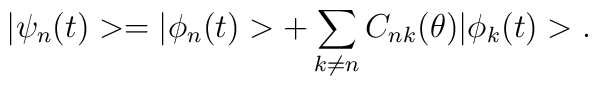
|\psi_{n}(t)>=|\phi_{n}(t)>+\sum_{k\neq n} C_{nk}(\theta)|\phi_{k}(t)> .